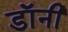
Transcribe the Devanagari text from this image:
डाॅनी